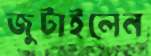
জুটাইলেন